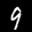
Label: 9